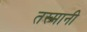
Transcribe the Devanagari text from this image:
तस्मानी